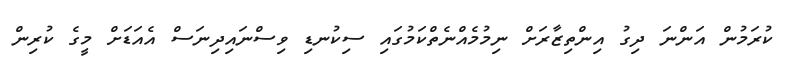
ކުރަމުން އަންނަ ދިގު އިންތިޒާރަށް ނިމުމެއްނެތްކަމުގައި ސިކުނޑި ވިސްނައިދިނަސް އެއަޑަށް މީގެ ކުރިން